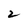
Character: 2